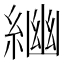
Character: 𦂣